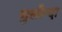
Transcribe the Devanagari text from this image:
गुलीन्दा